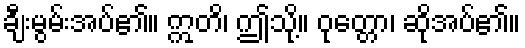
ချီးမွမ်းအပ်၏။ ဣတိ၊ ဤသို့။ ဝုတ္တော၊ ဆိုအပ်၏။